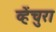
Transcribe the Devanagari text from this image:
व्हेंचुरा